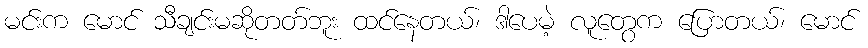
မင်းက မောင် သီချင်းမဆိုတတ်ဘူး ထင်နေတယ်၊ ဒါပေမဲ့ လူတွေက ပြောတယ်၊ မောင်